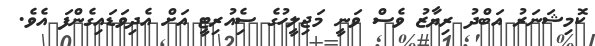
ކޮމިޝަނަރު އަބްދު ރިޔާޒު ވެސް ވަނީ މަޖިލީހުގެ ސެިއުރިޓީ އަށް އެދިވަޑައިގެންފަ އެވެ.